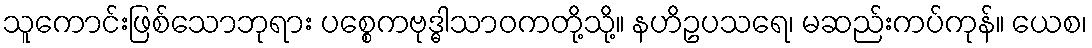
သူကောင်းဖြစ်သောဘုရား ပစ္စေကဗုဒ္ဓါသာဝကတို့သို့။ နဟိဥပသရေ၊ မဆည်းကပ်ကုန်။ ယေစ၊